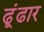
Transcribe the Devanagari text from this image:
ढूंढार